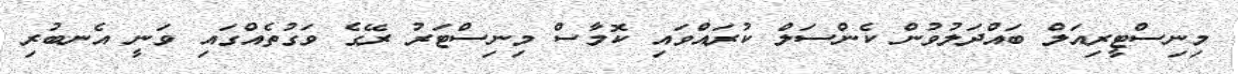
މިނިސްޓީރިއަލް ބައްދަލުވުން ކެންސަލް ކުރައްވައި ކޮމާސް މިނިސްޓަރު ރޭގެ ވަގުތެއްގައި ވަނީ އެނބުރި